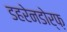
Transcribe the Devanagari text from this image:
डहरेनडोर्फ़